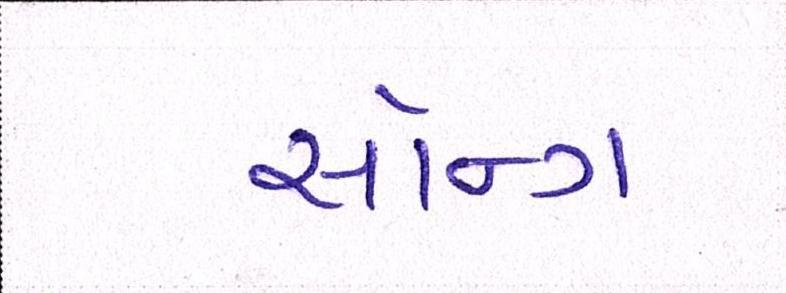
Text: સૉન્ગ